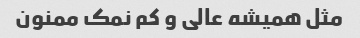
مثل همیشه عالی و کم نمک ممنون